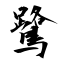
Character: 鷺